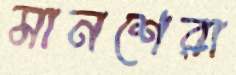
মানশেরা